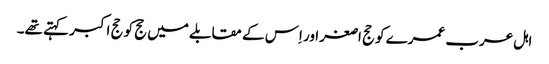
اہل عرب عمرے کو حج اصغر اور اِس کے مقابلے میں حج کو حج اکبر کہتے تھے۔